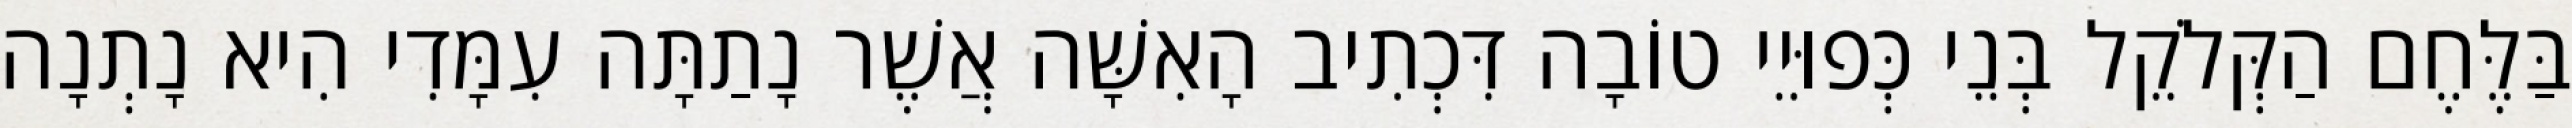
בַּלֶּחֶם הַקְּלֹקֵל בְּנֵי כְּפוּיֵי טוֹבָה דִּכְתִיב הָאִשָּׁה אֲשֶׁר נָתַתָּה עִמָּדִי הִיא נָתְנָה